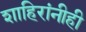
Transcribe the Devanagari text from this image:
शाहिरांनीही